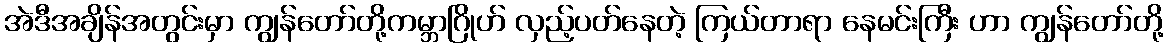
အဲဒီအချိန်အတွင်းမှာ ကျွန်တော်တို့ကမ္ဘာဂြိုဟ် လှည့်ပတ်နေတဲ့ ကြယ်တာရာ နေမင်းကြီး ဟာ ကျွန်တော်တို့